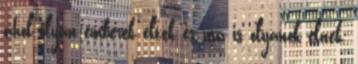
ahol olyan emberek éltek és ma is olyanok élnek,